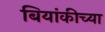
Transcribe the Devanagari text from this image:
बियांकीच्या